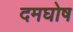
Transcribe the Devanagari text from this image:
दमघोष